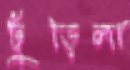
ঢুঁড়িলা